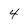
Character: 4